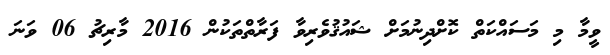
ވީމާ މި މަސައްކަތް ކޮށްދިނުމަށް ޝައުޤުވެރިވާ ފަރާތްތަކުން 2016 މާރިޗު 06 ވަނަ